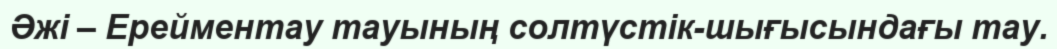
Әжі – Ерейментау тауының солтүстік-шығысындағы тау.